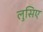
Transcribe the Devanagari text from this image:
लुसिए